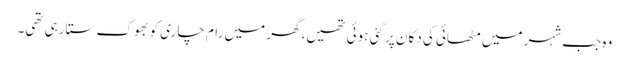
وہ جب شہر میں مٹھائی کی دکان پر گئی ہوئی تھیں، گھر میں رام چاری کو بھوک ستا رہی تھی۔